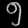
Digit: ၅